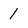
Character: 1